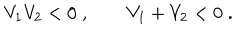
LaTeX: V _ { 1 } V _ { 2 } < 0 \; , \qquad V _ { 1 } + V _ { 2 } < 0 \; .